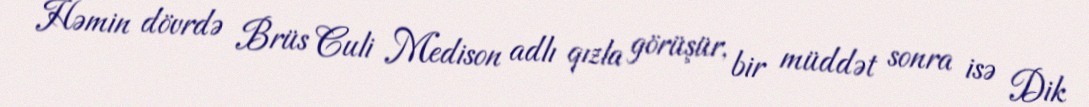
Həmin dövrdə Brüs Culi Medison adlı qızla görüşür, bir müddət sonra isə Dik